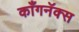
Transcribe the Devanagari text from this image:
काँगनॅक्स